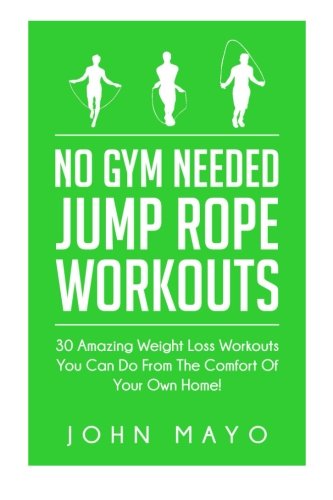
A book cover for No Gym Needed- Jump Rope Workouts: 30 Amazing Weight Loss Workouts You Can Do From The Comfort Of Your Own Home! (No Gym Needed, At Home Fitness, At Home Workouts, Drop A Dress Size); John Mayo; Health, Fitness & Dieting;